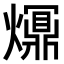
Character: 𤑺